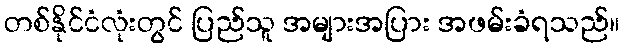
တစ်နိုင်ငံလုံးတွင် ပြည်သူ အများအပြား အဖမ်းခံရသည်။